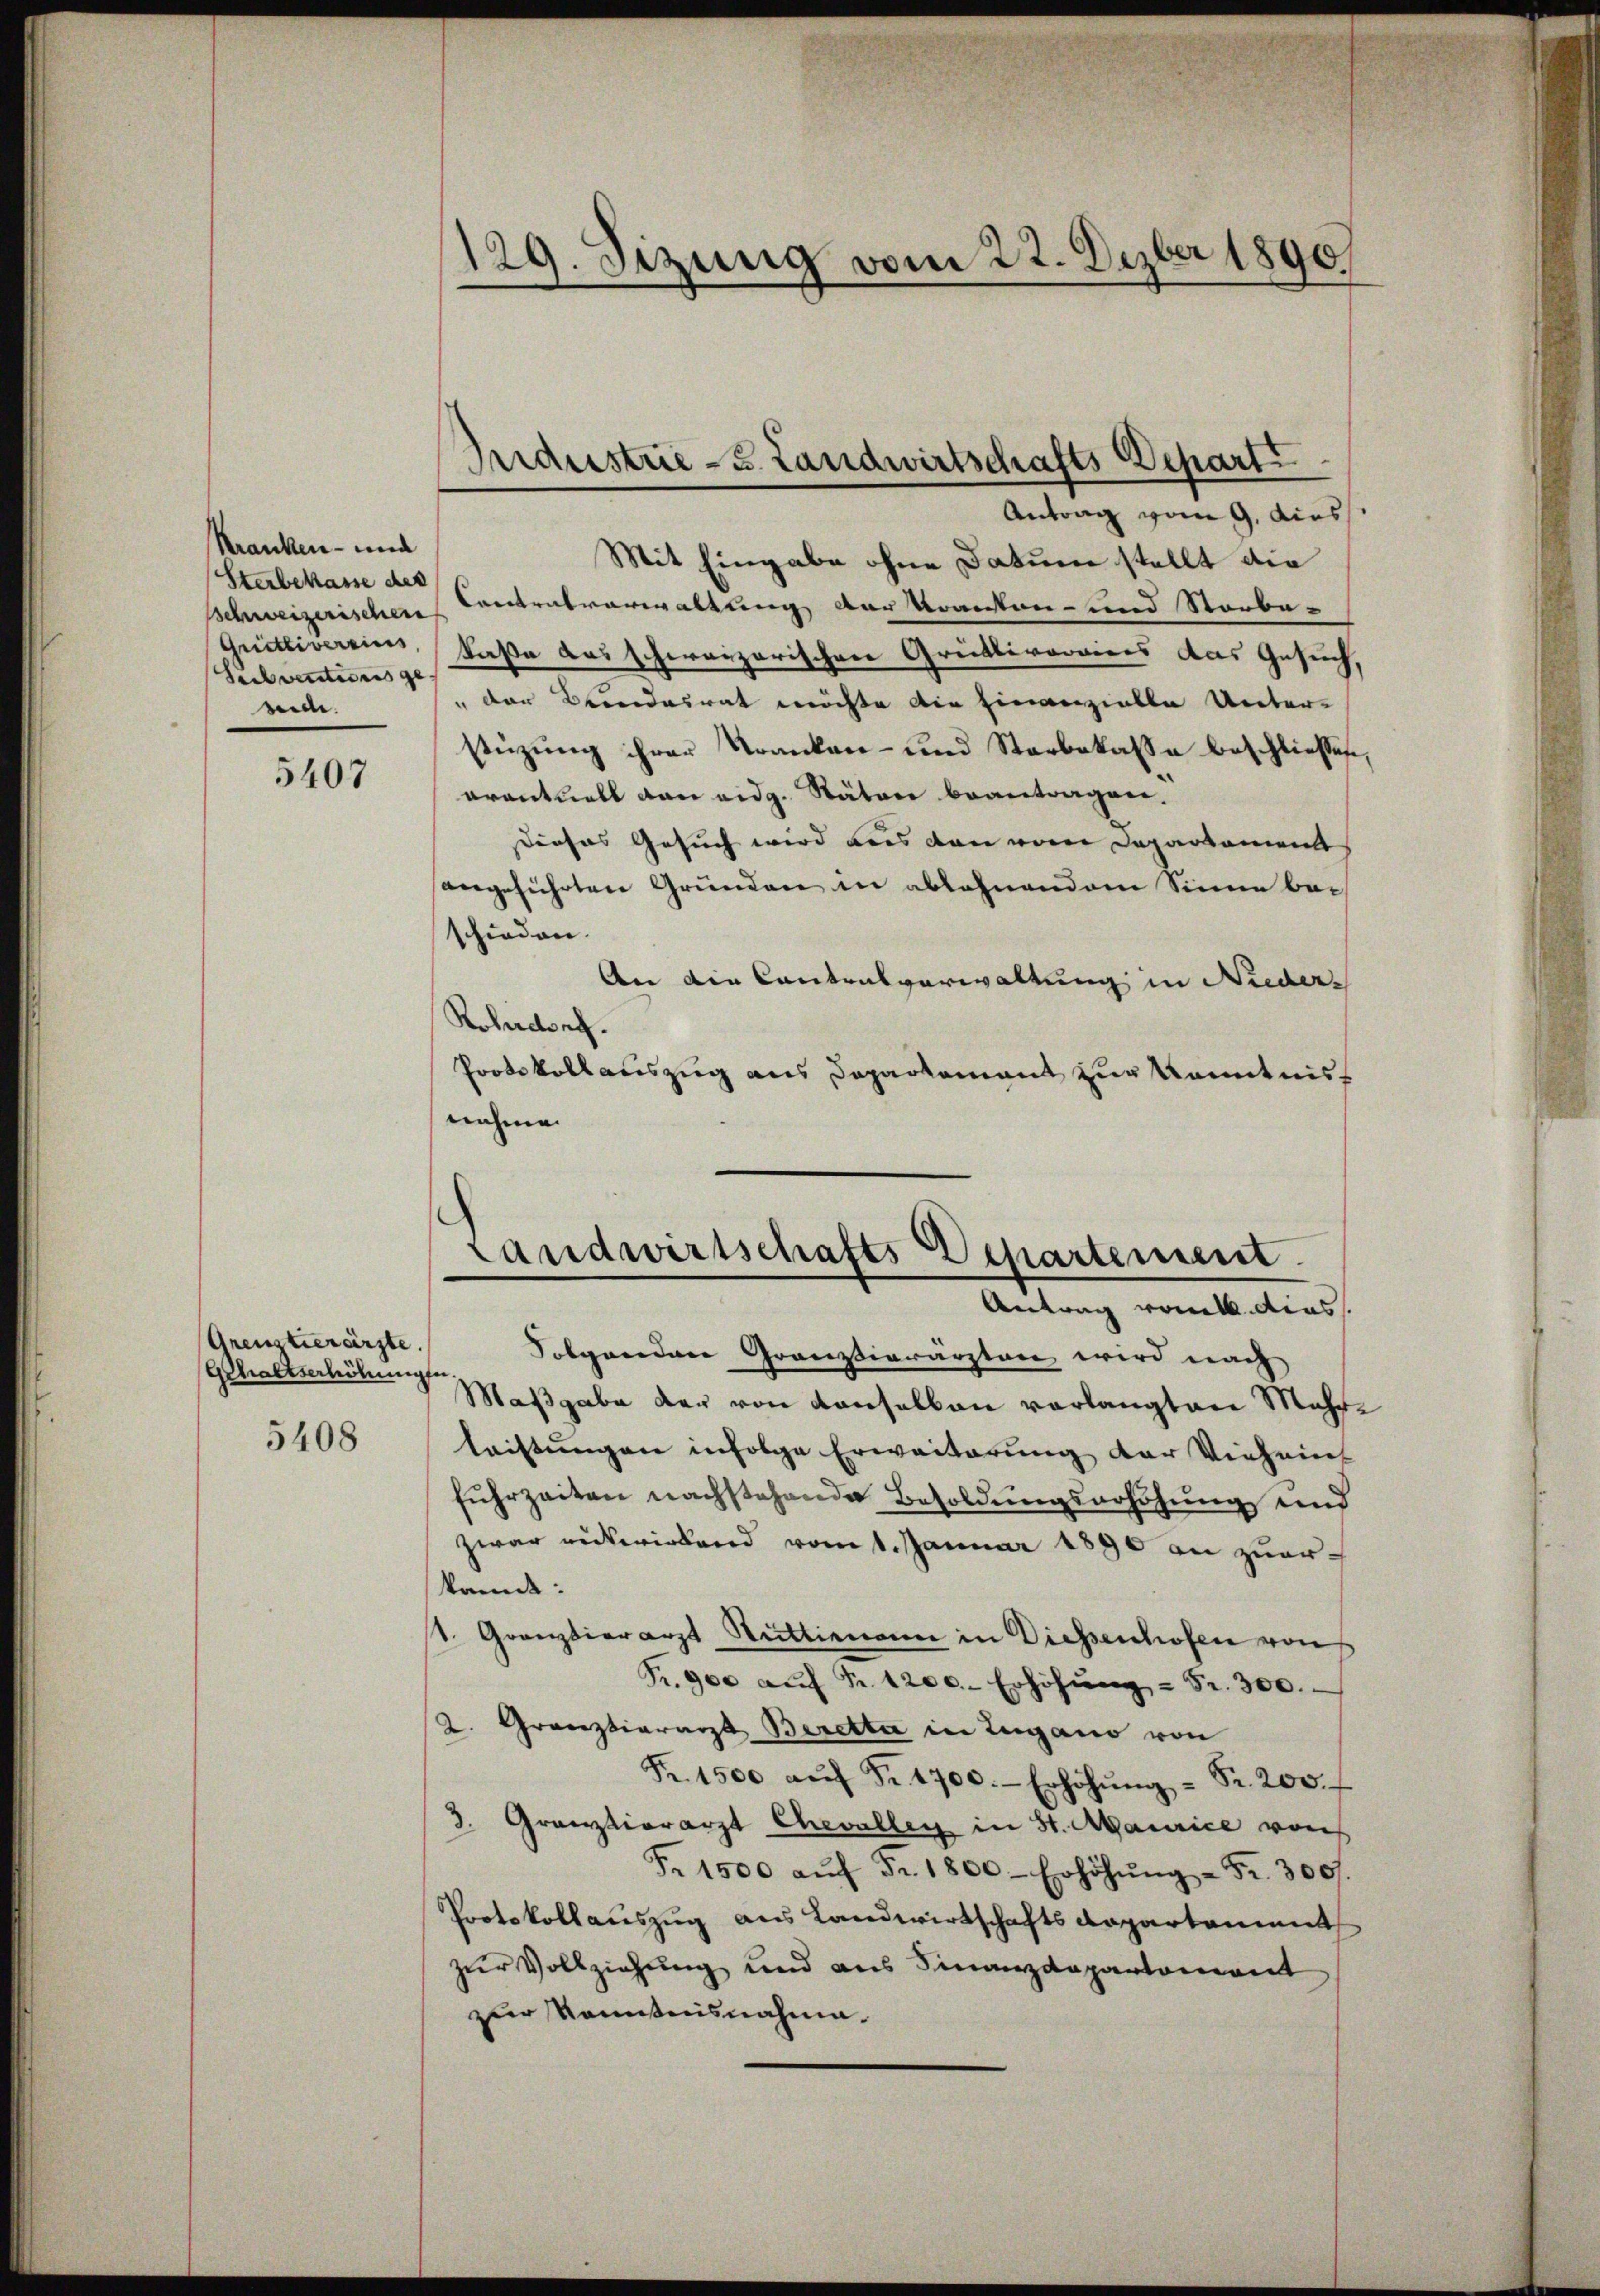
Kranken- und
Sterbekasse des
Sich ventionis ge-
mide.

5407

Grenztierärzte.
Gehaltserhöhungen.

5408

129. Sizung vom 22. Dezbr 1890

Antrag vom 9. diess
Mit Eingabe ohne Datum stellt die
Schweizerischen Contralverwaltung der Kranten- und Sterbe-
Grütliversien Kaße das schweizerischen Grüttivorraines das Gesuch,
" der Beendesrat möchte die hinanzielle Unterstüzung ihrer Kranken- und Starbokasse beschliessen,
arantuell von eidg. Rätere beantragen.
Dieses Gesuch wird aus den vom Departament
angeführten Gründen in ablehnendem Sinne bei
schieden.
An die Contralverwaltung in Nieders
Rohdorf.
Protokollauszug aus Departement zur Kenntnis
nahme.

Industrie - u. Landwirtschafts Depart

Landwirtschafts Departement.
Antrag von dies

Folgendere Grossierärzten wird nach
Maßgabe der von Konselben verlangten Mehrleistungen infolge Erweiterung der Vieheint
fuhrzeiten nachstehende Besoldungserhöhung und
zwar rükwirkend vom 1. Januar 1890 an zuerkannt:
1. Grenztierarzt Strittimann in Diessenhofen von
Fr. 900 aŭf Fr. 1200. Erhöhŭng = Fr. 300.
2. Gränztiararzt Berette in Zugano von
Fr. 1500 aŭf Fr. 1700.- Erhöhŭng - Fr. 200.
3. Grauztiorarzt Chevallen in St. Maurice von
F. 1500 aŭf Fr. 1800. Erhöhŭng - Fr. 300f
Protokollauszug aus Landwirtschaftsdepartement
zur Vollziehung und aus Finanzdepartement
zur Kenntnisnahme.